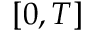
[ 0 , T ]